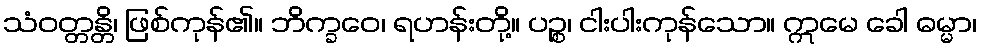
သံဝတ္တန္တိ၊ ဖြစ်ကုန်၏။ ဘိက္ခဝေ၊ ရဟန်းတို့။ ပဉ္စ၊ ငါးပါးကုန်သော။ ဣမေ ခေါ ဓမ္မာ၊